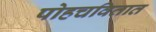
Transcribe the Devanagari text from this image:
पोहचवितात